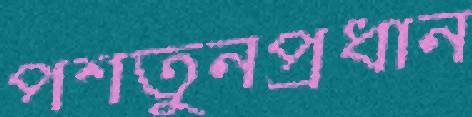
পশতুনপ্রধান